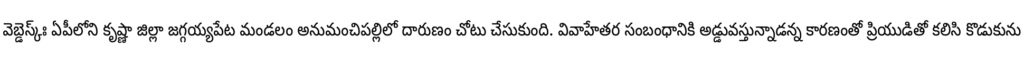
వెబ్డెస్క్ః ఏపీలోని కృష్ణా జిల్లా జగ్గయ్యపేట మండలం అనుమంచిపల్లిలో దారుణం చోటు చేసుకుంది. వివాహేతర సంబంధానికి అడ్డువస్తున్నాడన్న కారణంతో ప్రియుడితో కలిసి కొడుకును